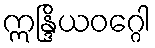
ဣန္ဒြိယဝဂ္ဂေါ